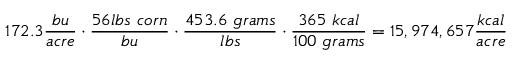
1 7 2 . 3 \frac { b u } { a c r e } \cdot \frac { 5 6 l b s ~ c o r n } { b u } \cdot \frac { 4 5 3 . 6 ~ g r a m s } { l b s } \cdot \frac { 3 6 5 ~ k c a l } { 1 0 0 ~ g r a m s } = 1 5 , 9 7 4 , 6 5 7 \frac { k c a l } { a c r e }